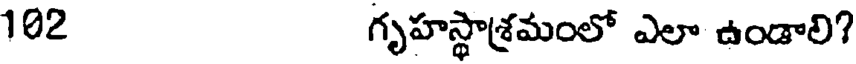
102 గృహస్థాశ్రమంలో ఎలా ఉండాలి?